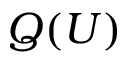
Q ( U )